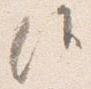
候